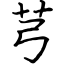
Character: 芎